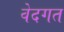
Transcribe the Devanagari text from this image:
वेदगत